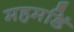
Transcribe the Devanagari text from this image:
महमडिं